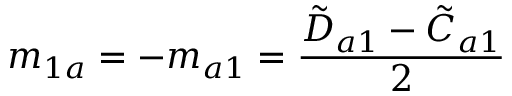
m _ { 1 a } = - m _ { a 1 } = \frac { \Tilde { D } _ { a 1 } - \Tilde { C } _ { a 1 } } { 2 }